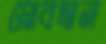
স্লোবদান